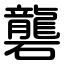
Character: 礱